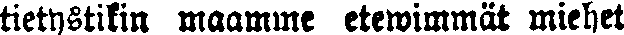
tietystikin maamme etewimmät miehet